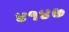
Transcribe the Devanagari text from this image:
४१४७